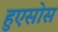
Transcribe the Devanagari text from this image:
हुएसोस